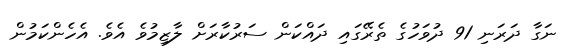
ނަގާ ދަރަނި 91 ދުވަހުގެ ތެރޭގައި ދައްކަން ސަރުކާރަށް ލާޒިމުވެ އެވެ. އެހެންކަމުން